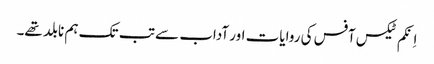
اِنکم ٹیکس آفس کی روایات اور آداب سے تب تک ہم نابلد تھے۔